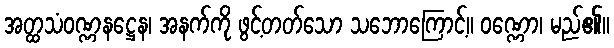
အတ္ထသံဝဏ္ဏနဋ္ဌေန၊ အနက်ကို ဖွင့်တတ်သော သဘောကြောင့်။ ဝဏ္ဏော၊ မည်၏။